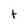
Character: t